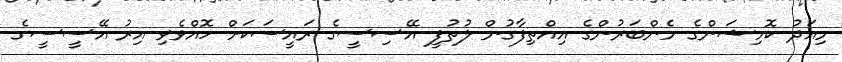
މިއަދު ކޮމިޝަންގެ މެންބަރުންގެ އިއްތިފާގުން ލުތުފީ އޭސިސީގެ ރައީސަކަށް ހޮއްވެވި އިރު އޭސީސީގެ